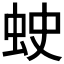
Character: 𧊍